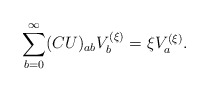
\begin{align*}\sum_{b=0}^{\infty}(CU)_{ab}V_b^{(\xi)}=\xi V_{a}^{(\xi)}.\end{align*}